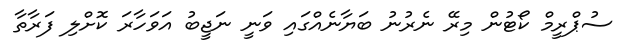
ސުޕްރީމް ކޯޓުން މިރޭ ނެރުނު ބަޔާނެއްގައި ވަނީ ނަޖީބު އަވަހާރަ ކޮށްލި ފަރާތާ